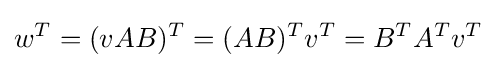
w^{T}=(vAB)^{T}=(AB)^{T}v^{T}=B^{T}A^{T}v^{T}